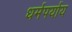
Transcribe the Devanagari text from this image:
धर्मपर्याय